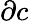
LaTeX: \partial c